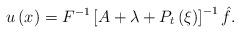
LaTeX: \begin{align*}u\left( x\right) =F^{-1}\left[ A+\lambda +P_{t}\left( \xi \right) \right]^{-1}\hat{f}. \end{align*}